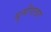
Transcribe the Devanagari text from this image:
युसीएलए